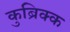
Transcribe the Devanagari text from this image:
कुब्रिक्क